Lunatic asylums Madras 1877-1891 - 1877-1891
Year: 1877
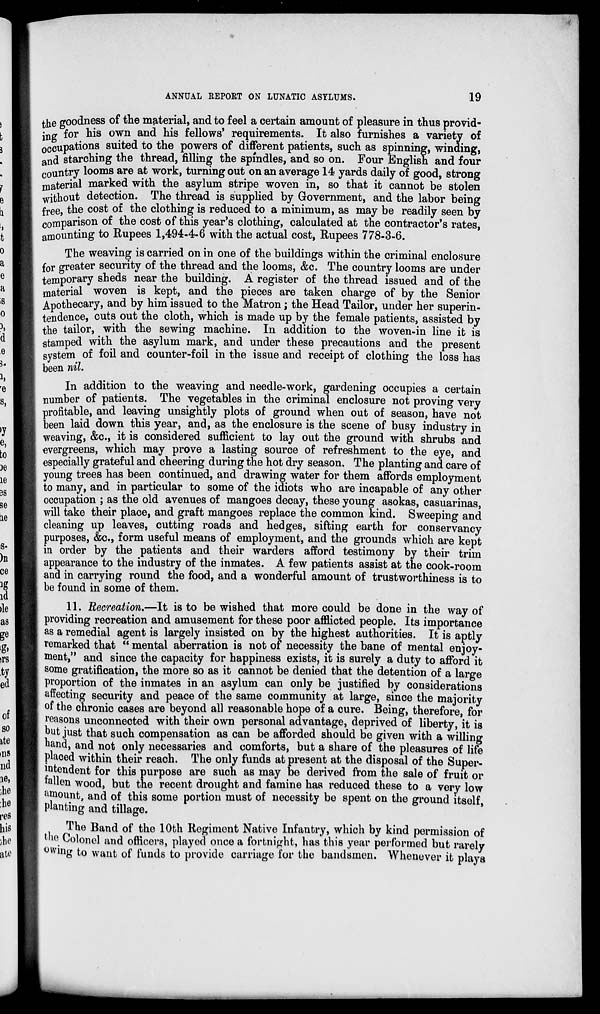
ANNUAL REPORT ON LUNATIC
ASYLUMS.
19
the goodness of the material, and to feel a certain amount of pleasure in thus provid-
ing for his own and his fellows' requirements. It also furnishes a variety of
occupations suited to the powers of different patients, such as spinning, winding,
and starching the thread, filling the spindles, and so on. Four English and four
country looms are at work, turning out on an average 14 yards daily of good, strong
material marked with the asylum stripe woven in, so that it cannot be stolen
without detection. The thread is supplied by Government, and the labor being
free, the cost of the clothing is reduced to a minimum, as may be readily seen by
comparison of the cost of this year's clothing, calculated at the contractor's rates,
amounting to Rupees 1,494-4-6 with the actual cost, Rupees 778-3-6.
The weaving is carried on in one of the buildings within the criminal enclosure
for greater security of the thread and the looms, &c. The country looms are under
temporary sheds near the building. A register of the thread issued and of the
material woven is kept, and the pieces are taken charge of by the Senior
Apothecary, and by him issued to the Matron; the Head Tailor, under her superin-
tendence, cuts out the cloth, which is made up by the female patients, assisted by
the tailor, with the sewing machine. In addition to the woven-in line it is
stamped with the asylum mark, and under these precautions and the present
system of foil and counter-foil in the issue and receipt of clothing the loss has
been nil.
In addition to the weaving and needle-work, gardening occupies a certain
number of patients. The vegetables in the criminal enclosure not proving very
profitable, and leaving unsightly plots of ground when out of season, have not
been laid down this year, and, as the enclosure is the scene of busy industry in
weaving, &c., it is considered sufficient to lay out the ground with shrubs and
evergreens, which may prove a lasting source of refreshment to the eye, and
especially grateful and cheering during the hot dry season. The planting and care of
young trees has been continued, and drawing water for them affords employment
to many, and in particular to some of the idiots who are incapable of any other
occupation ; as the old avenues of mangoes decay, these young asokas, casuarinas,
will take their place, and graft mangoes replace the common kind. Sweeping and
cleaning up leaves, cutting roads and hedges, sifting earth for conservancy
purposes, &c., form useful means of employment, and the grounds which are kept
in order by the patients and their warders afford testimony by their trim
appearance to the industry of the inmates. A few patients assist at the cook-room
and in carrying round the food, and a wonderful amount of trustworthiness is to
be found in some of them.
11. Recreation.—It is to be wished that more could be done in the way of
providing recreation and amusement for these poor afflicted people. Its importance
as a remedial agent is largely insisted on by the highest authorities. It is aptly
remarked that " mental aberration is not of necessity the bane of mental enjoy-
ment," and since the capacity for happiness exists, it is surely a duty to afford it
some gratification, the more so as it cannot be denied that the detention of a large
proportion of the inmates in an asylum can only be justified by considerations
affecting security and peace of the same community at large, since the majority
of the chronic cases are beyond all reasonable hope of a cure. Being, therefore, for
reasons unconnected with their own personal advantage, deprived of liberty, it is
but just that such compensation as can be afforded should be given with a willing
hand, and not only necessaries and comforts, but a share of the pleasures of life
placed within their reach. The only funds at present at the disposal of the Super-
intendent for this purpose are such as may be derived from the sale of fruit or
fallen wood, but the recent drought and famine has reduced these to a very low
amount, and of this some portion must of necessity be spent on the ground itself,
planting and tillage.
The Band of the 10th Regiment Native Infantry, which by kind permission of
the Colonel and officers, played once a fortnight, has this year performed but rarely
owing to want of funds to provide carriage for the bandsmen. Whenever it plays